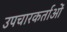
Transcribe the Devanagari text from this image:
उपचारकर्ताओं